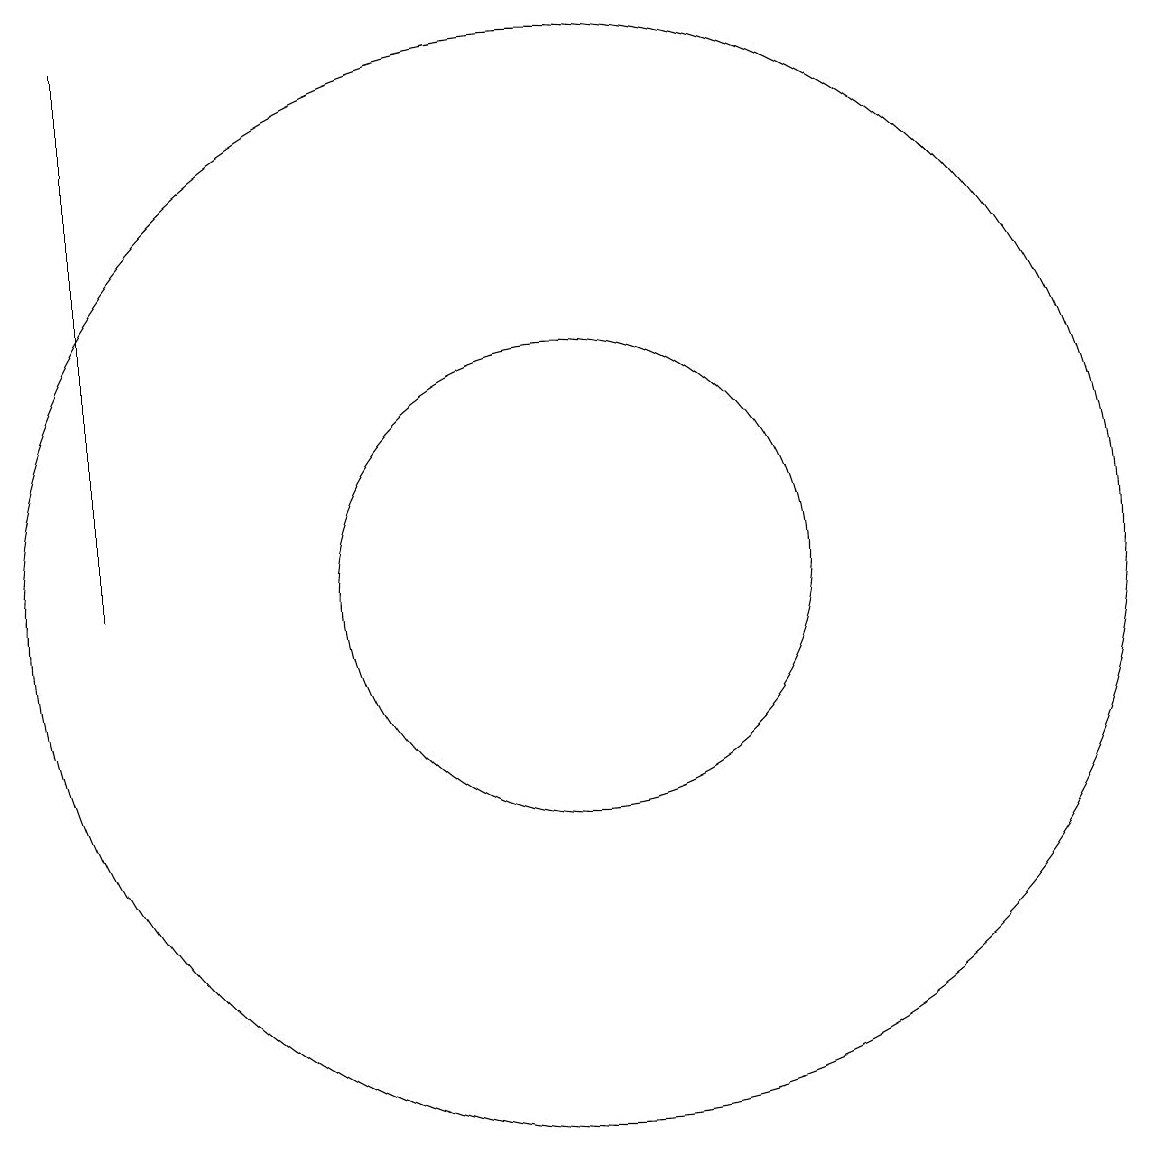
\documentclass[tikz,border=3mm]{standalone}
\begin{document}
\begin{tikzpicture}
\draw (6,12) rectangle (6,19);
\draw (12,12) circle (7);
\draw (12,12) circle (3);
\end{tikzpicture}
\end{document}